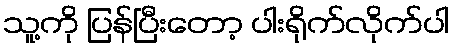
သူ့ကို ပြန်ပြီးတော့ ပါးရိုက်လိုက်ပါ